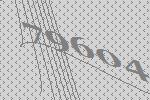
79604